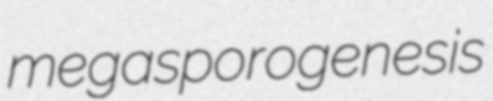
megasporogenesis